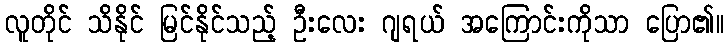
လူတိုင် သိနိုင် မြင်နိုင်သည့် ဦးလေး ဂျရယ် အကြောင်းကိုသာ ပြော၏။